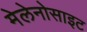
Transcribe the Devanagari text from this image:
मेलेनोसाइट